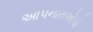
આપનારાઓએ